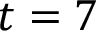
t = 7